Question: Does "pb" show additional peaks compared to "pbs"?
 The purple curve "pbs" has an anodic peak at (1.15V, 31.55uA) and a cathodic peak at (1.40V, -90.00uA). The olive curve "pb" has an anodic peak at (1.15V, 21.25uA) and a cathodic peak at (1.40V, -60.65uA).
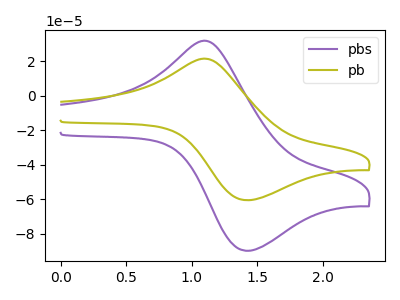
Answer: <think>All the peaks in "pb" have a peak in "pbs" at the same potential. Every peak in "pb" is lower than every peak in "pbs".
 </think>
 <answer>No, "pb" and "pbs" don't appear to be significantly different in shape</answer>
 <eval>no_change</eval>